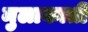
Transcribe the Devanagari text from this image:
मुलाकाती